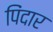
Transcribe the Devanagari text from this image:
पिंदार